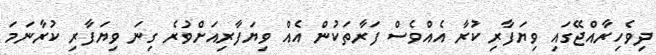
ދިވެހިރާއްޖޭގައި ވިޔަފާރި ކުރާ އެއްވެސް ފަރާތަކުން އެއް ވިޔަފާރިއަށްވުރެ ގިނަ ވިޔަފާރި ކުރާނަމަ